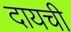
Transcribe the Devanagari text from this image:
दायची